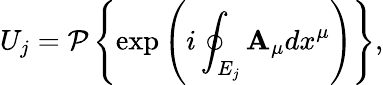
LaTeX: U_{j}={\cal P}\left\{ \exp\left(i\oint_{E_{j}}{{\mathbf A_{\mu}}dx^{\mu}}\right)\right\} ,